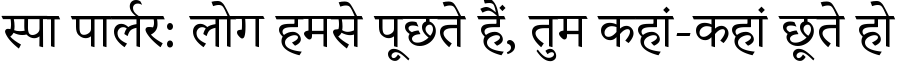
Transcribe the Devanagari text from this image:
स्पा पार्लर: लोग हमसे पूछते हैं, तुम कहां-कहां छूते हो